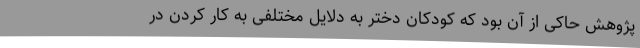
پژوهش حاکی از آن بود که کودکان دختر به دلایل مختلفی به کار کردن در